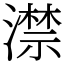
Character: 澿